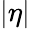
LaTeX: |\eta|